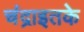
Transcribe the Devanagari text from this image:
चंद्राइतके